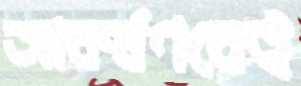
আকর্ষণকেই